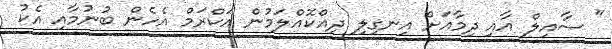
" ސާއިލް އާއި ދިމާއަށް އިނގިލި ދިއްކޮއްލަމުން އަކްރަމް އެހެން ބުނުމާއި އެކު